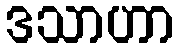
ဒသာဟာ